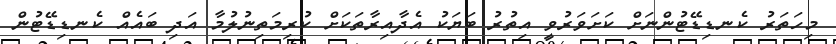
މިހަތަރު ކެނޑިޑޭޓުންނަށް ކަށަވަރުވީ އިތުރު ބަޔަކު އެދާއިރާތަކަށް ކުރިމަތިނުލުމާ އަދި ބައެއް ކެނޑިޑޭޓުން